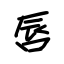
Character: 唇